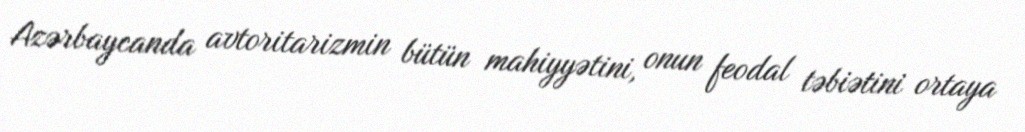
Azərbaycanda avtoritarizmin bütün mahiyyətini, onun feodal təbiətini ortaya